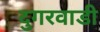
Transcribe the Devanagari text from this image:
दुगरवाडी